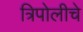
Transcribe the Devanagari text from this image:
त्रिपोलीचे